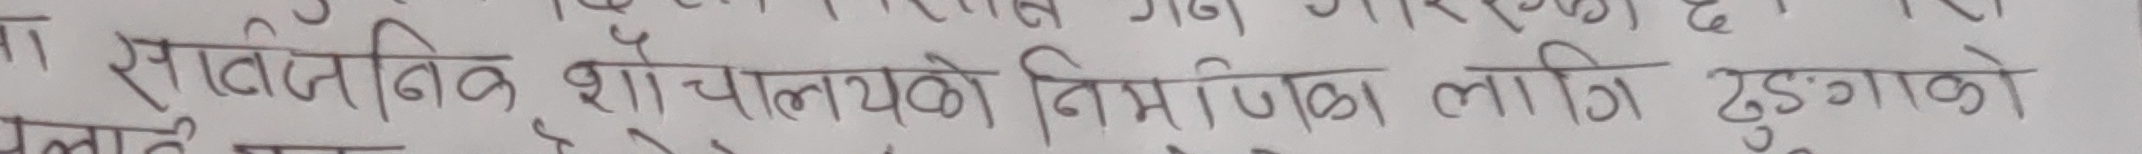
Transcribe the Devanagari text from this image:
सार्वजनिक शौचालयको निर्माणका लागि ढुंगाको